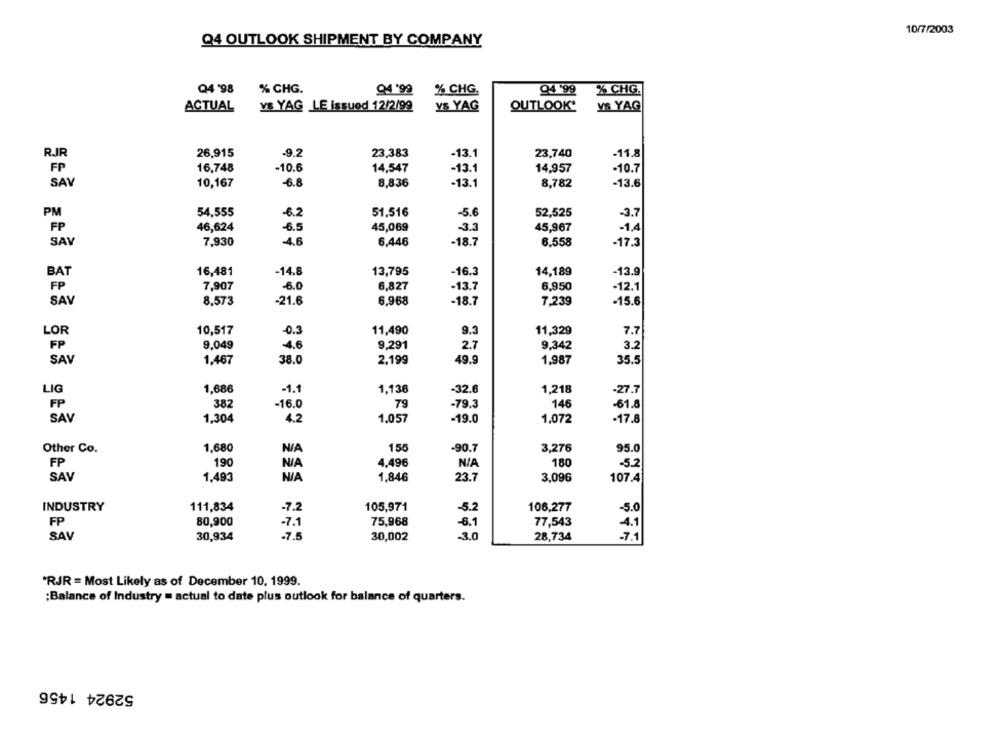
10/7/2003
Q4 OUTLOOK SHIPMENT BY COMPANY
% CHG.
% CHG.
% CHG.
Q4 '98
94 '99
Q4 '99
ACTUAL
YS YAG LE issued 12/2/99
YS YAG
OUTLOOK*
VS YAG
RJR
26.915
-9.2
23,383
-13.1
23,740
-11.8
FP
16,748
-10.6
14,547
-13.1
14,957
-10.7
SAV
10,167
-6.8
8,836
-13.1
8,782
-13.6
PM
54,555
-6.2
51,516
-5.6
52,525
-3.7
FP
46,624
6.5
45,069
3.3
45,967
-1,4
SAV
7,930
-4.6
6,446
-18.7
6.558
-17.3
BAT
16,481
-14.8
13,795
-16.3
14,189
-13.9
FP
7,907
-6.0
6,827
-13.7
6,950
-12.1
SAV
8.573
-21.6
6.968
-18.7
7,239
-15.6
LOR
10,517
-0.3
11,490
9.3
11,329
7.7
FP
9.049
4.6
9.291
2.7
9.342
3.2
SAV
1,467
38.0
2.199
49.9
1,987
35.5
LIG
1,686
-1.1
1,136
-32.6
1,218
-27.7
FP
382
-16.0
79
-79.3
146
-61.8
SAV
1,304
4.2
1.057
-19.0
1,072
-17.8
Other Co.
1,680
155
-90.7
3,276
95.0
FP
190
4.496
NIA
180
-5.2
SAV
1,493
1.846
23.7
3,096
107.4
INDUSTRY
111,834
-7.2
105,971
-5.2
106,277
-5.0
FP
80,900
-7.1
75,968
6.1
77,543
4.1
-30
SAV
30,934
.7.5
30,002
28,734
-7.1
*RJR = Most Likely as of December 10, 1999.
:Balance of Industry = actual to date plus outlook for balance of quarters.
52924 1456